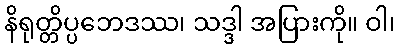
နိရုတ္တိပ္ပဘေဒဿ၊ သဒ္ဒါ အပြားကို။ ဝါ၊